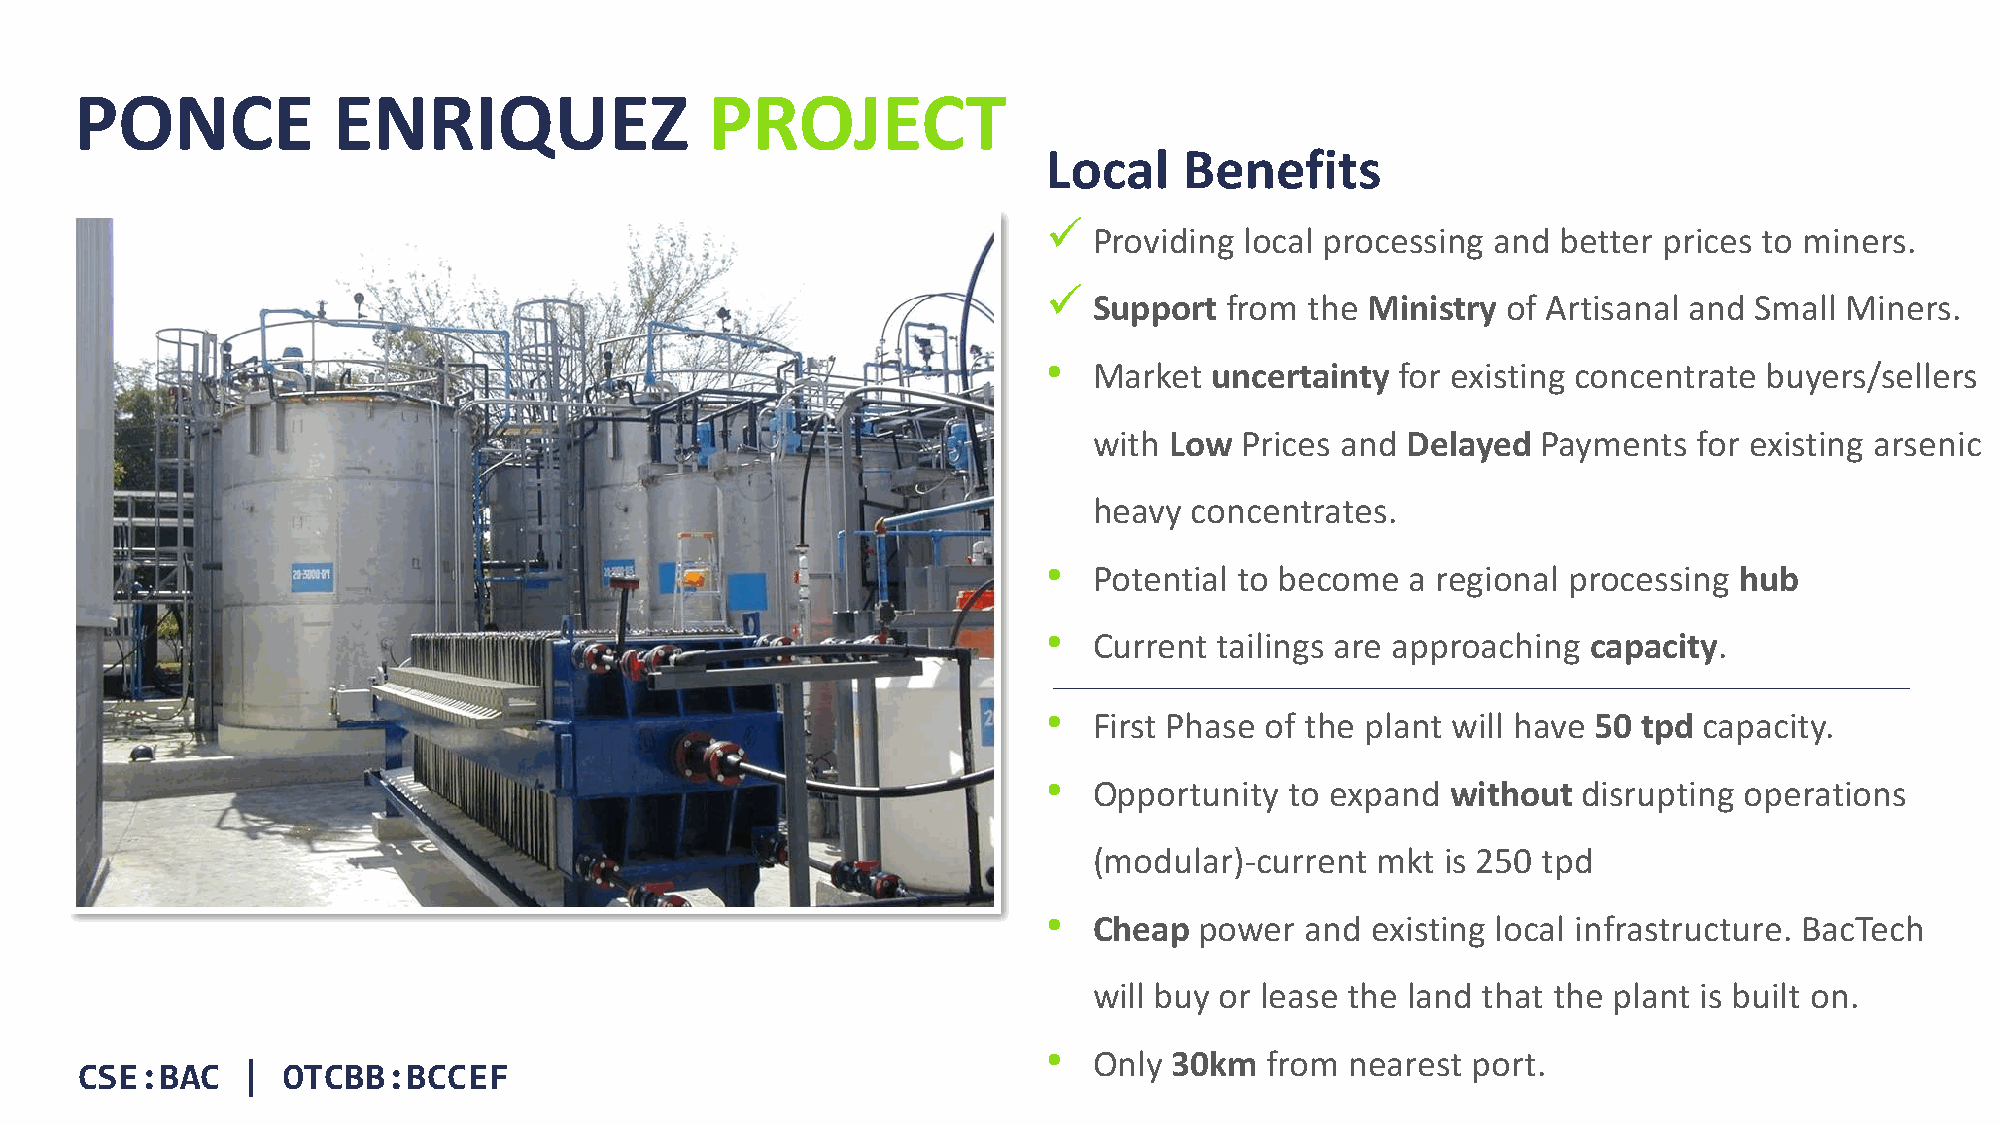
PONCE            ENRIQUEZ                 PROJECT
 Local    Benefits
 ü
 Providing local processing and better prices to miners.
 ü
 Support  from  the Ministry of Artisanal and Small Miners.
 •
 Market  uncertainty  for existing concentrate buyers/sellers
 with Low  Prices and Delayed  Payments  for existing arsenic
 heavy  concentrates.
 •
 Potential to become  a regional processing hub
 •
 Current  tailings are approaching capacity.
 •
 First Phase of the plant will have 50 tpd capacity.
 •
 Opportunity  to expand  without  disrupting operations
 (modular)-current  mkt  is 250 tpd
 •
 Cheap  power  and  existing local infrastructure. BacTech
 will buy or lease the land that the plant is built on.
 •
 Only  30km  from nearest port.
 CSE:BAC    |  OTCBB:BCCEF